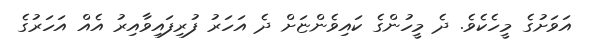
އަވަށުގެ މީހެކެވެ. ދެ މީހުންގެ ކައިވެންޏަށް ދެ އަހަރު ފުރިފައިވާއިރު އެއް އަހަރުގެ